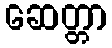
ဆေတ္တာ